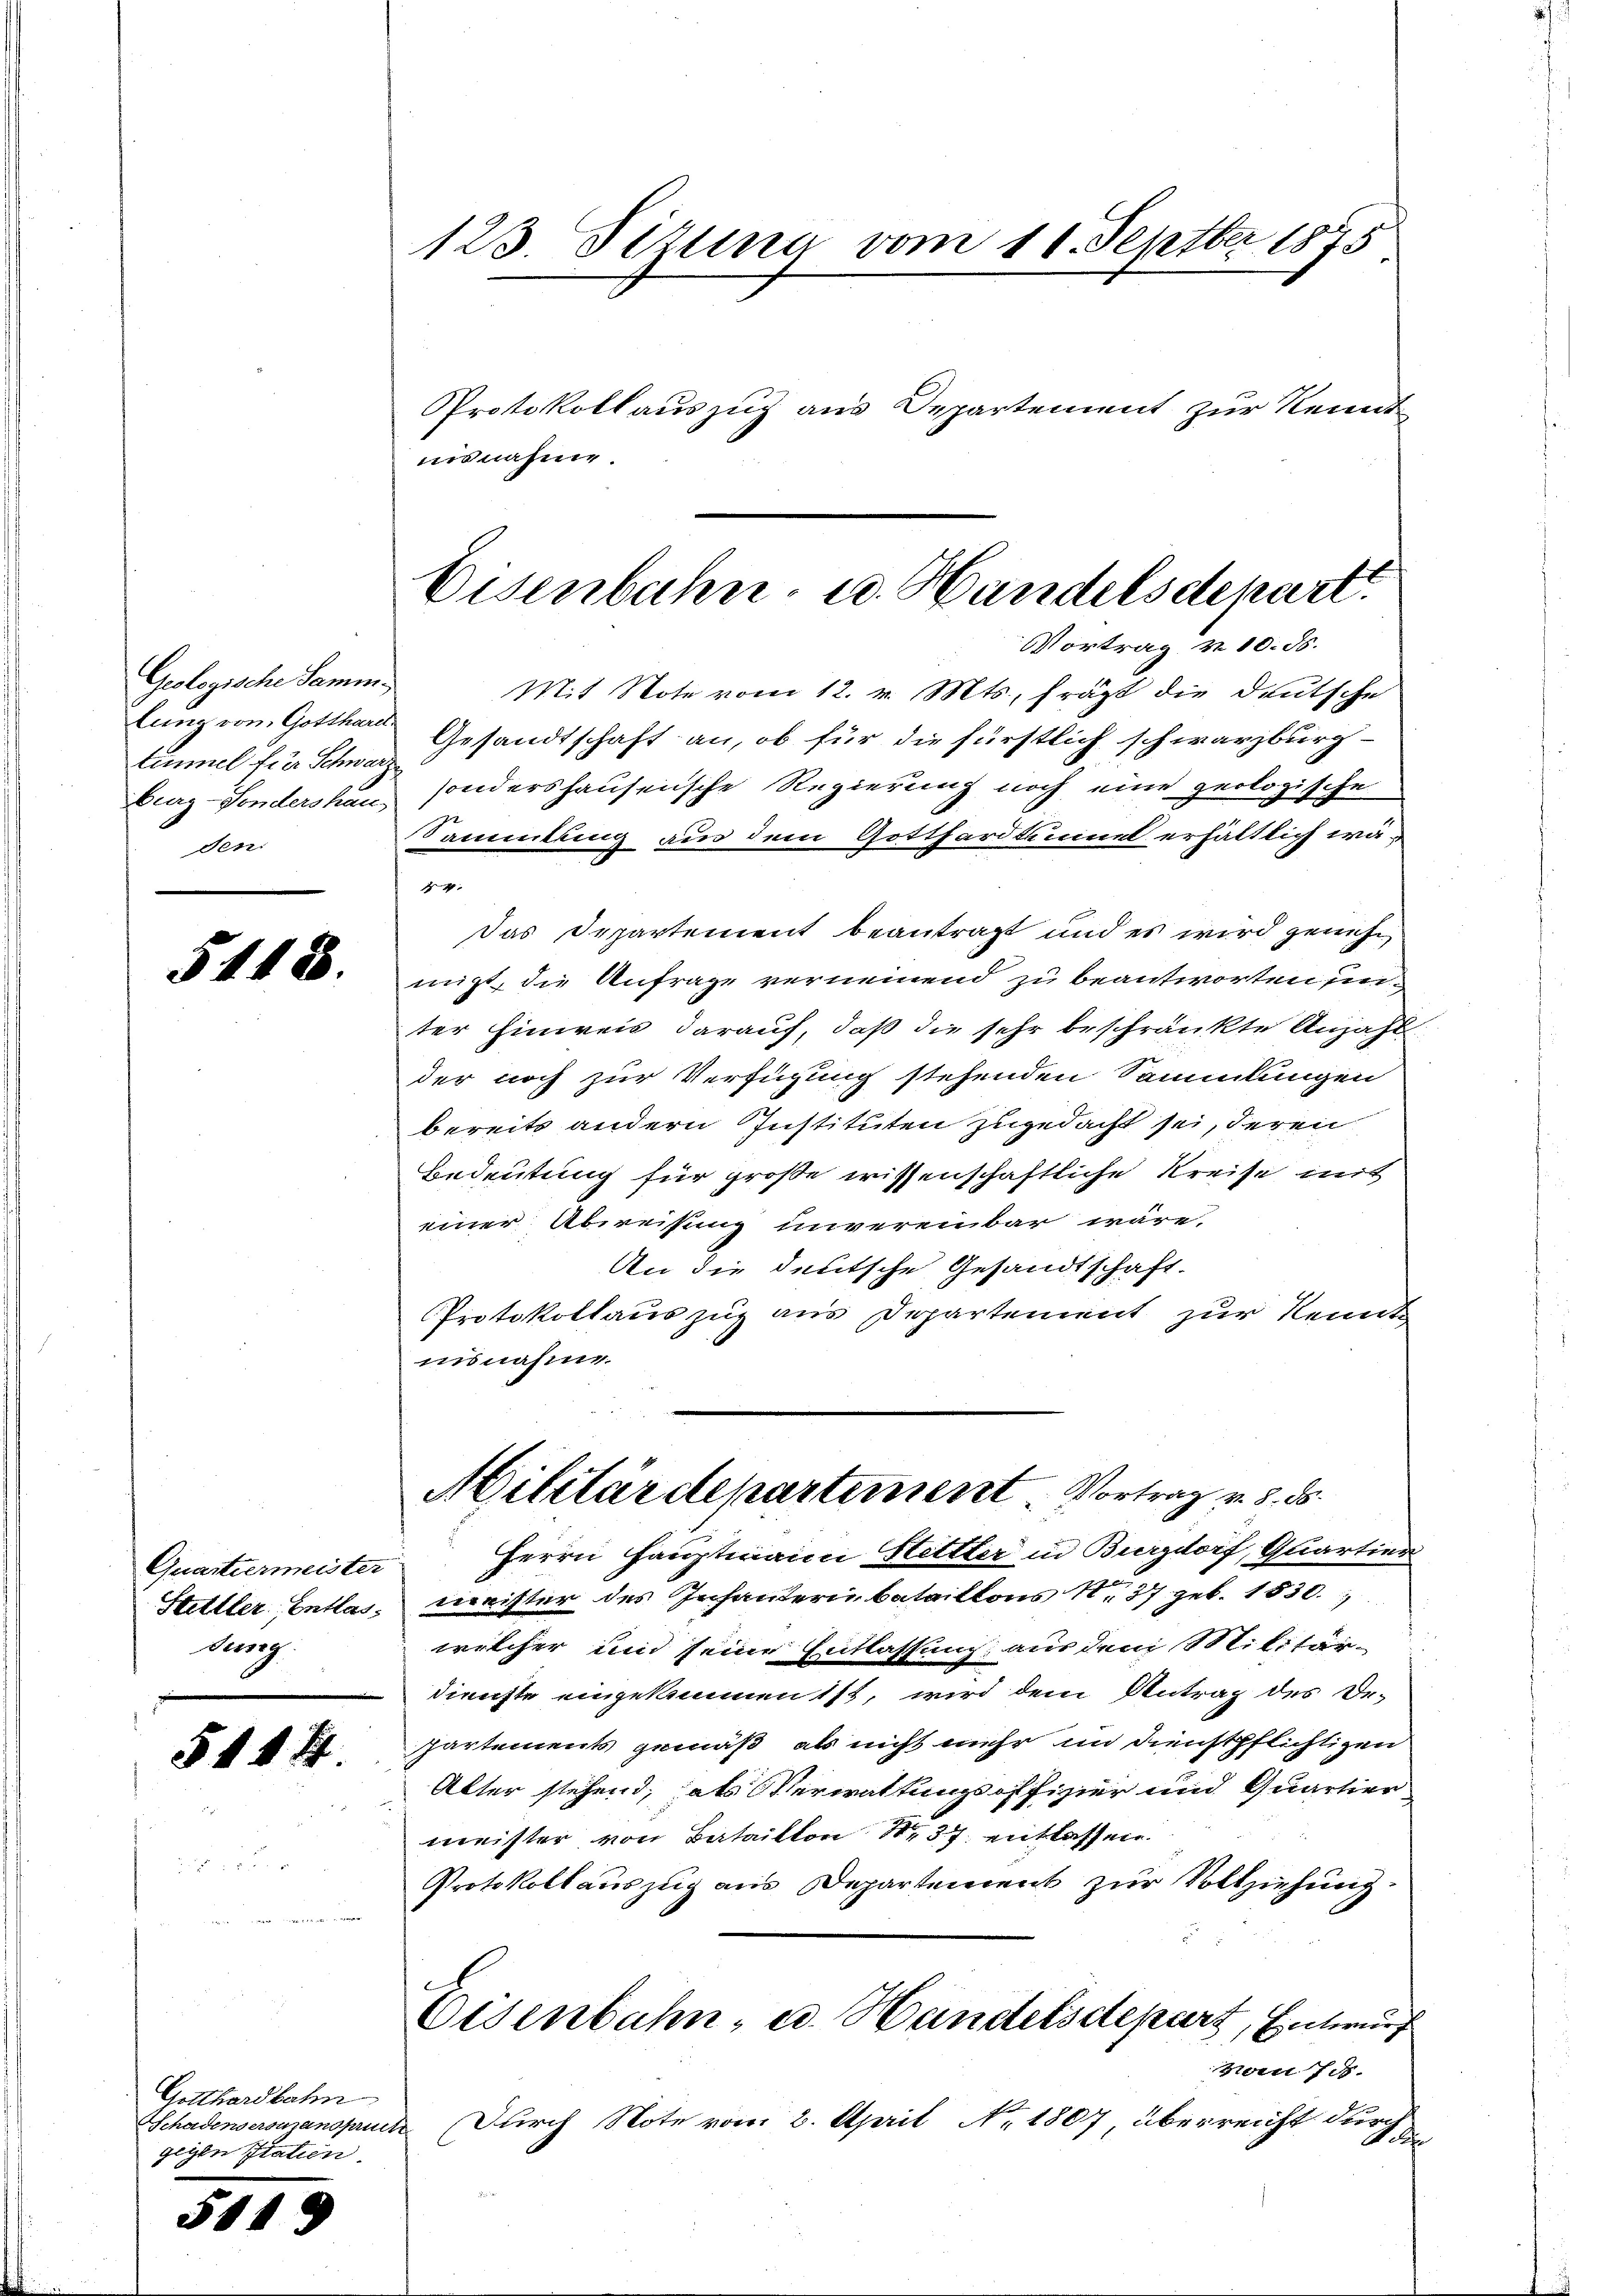
Geologische Sammtimmel fier Schwar¬
Burz-Sondershau
den:

5148.

Quartiermeister
Stettler Entlasdung.

5444.

Gotthardbahn
gegen Statien
5143

123. Pituna vom 16. Septber 1875
Protokollauszug aus Departement zur Kennt
isnahme.

Mit Note vom 12. v. Mts. frägt die Deutsche
lung vom Gotthard Gesandtschaft an, ob für die fürstlich schwarzburg-
sondershausensche Regierung noch eine geologische
Sammlung aus dem Gotthardtuumel erhältlich wä¬
44
Das Departement beantragt und es wird genehmigt, die Anfrage verneinend zu beantworten un-
ter hinweis darauf, daß die sehr beschränkte Anzahl-
der noch zur Verfügung stehenden Sammlungen
bereits andern Instituten zugedacht sei, deren
Bedeutung für große wissenschaftliche Kreise mit
einer Abweisung unvereinbar wäre.
An die deutsche Gesandtschaft.
Protokollauszug aus Departement zur Kennt
insnahm.
Militärdepartement Vortrag v. 8. ds.
Herrn Hauptmann Sittter in Burgdorf, Quartier
minister des Infantern bataillons 127 geb. 1830.
welcher und seine Entlassung aus dem Militär
dienste eingekommen ist, wird dem Antrag des De-
partements gemäß, als nicht mehr im Dienstpflichtigen
Alter stehend, als Verwaltungsoffizier und Quartier
meister von Bataillon 137. entlassen.
Protokollauszug aus Departement zur Vollziehung.
Eisenbahn, u. Handelsctepart, Entwurf
Nein sch.
Schadensersmanspruch. Durch Note vom 2. April No 1807, überreicht dur
d

Eisenbahn- u. Handelsdepart
Vortrag u. 10. ds.